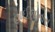
હાઈજીનોસ